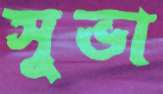
সুভা